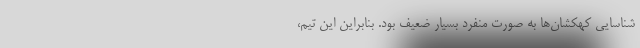
شناسایی کهکشان‌ها به صورت منفرد بسیار ضعیف بود. بنابراین این تیم،